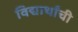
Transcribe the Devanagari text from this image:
विद्यार्थांची